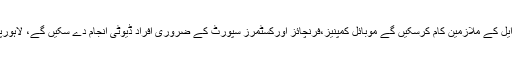
یوٹیلٹیز کمپنیز،واسا،میوسپلیٹز،واپڈا،این ٹی ڈی سی،ڈسکوز اور ایس این جی پی ایل کے ملازمین کام کرسکیں گے موبائل کمپنیز،فرنچائز اورکسٹمرز سپورٹ کے ضروری افراد ڈیوٹی انجام دے سکیں گے، لاہورپی ٹی سی ایل اور اس کے ٹاورز پر کام کرنے والے ملازمین کام کرسکیں گے۔